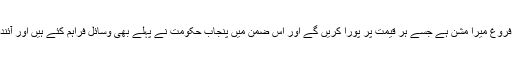
معیاری تعلیم کا فروغ میرا مشن ہے جسے ہر قیمت پر پورا کریں گے اور اس ضمن میں پنجاب حکومت نے پہلے بھی وسائل فراہم کئے ہیں اور آئندہ بھی کریں گے۔